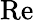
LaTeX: \operatorname{R\mathrm{e}}